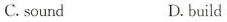
C.sound D.build